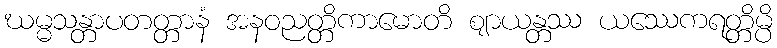
ဃမ္မသန္တာပတတ္တာနံ အနဝညတ္တိကာမောတိ ဈာယန္တဿ ယဿေကရတ္တိမ္ပိ